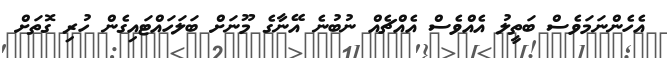
އެހެންނަމަވެސް ބަތީލު އެއްވެސް އެއްޗެއް ނުބުނެ އޭނާގެ މޫނަށް ބަލަހައްޓައިގެން ހުރި ގޮތަށް